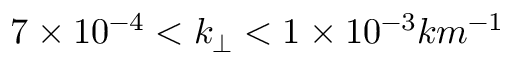
7 \times 1 0 ^ { - 4 } < k _ { \perp } < 1 \times 1 0 ^ { - 3 } k m ^ { - 1 }